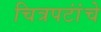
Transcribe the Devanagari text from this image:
चित्रपटांंचे